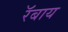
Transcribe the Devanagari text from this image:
रॅबाय